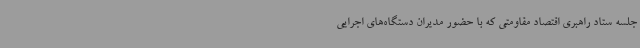
جلسه ستاد راهبری اقتصاد مقاومتی که با حضور مدیران دستگاه‌های اجرایی